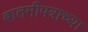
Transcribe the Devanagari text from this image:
बातमीपत्राच्या